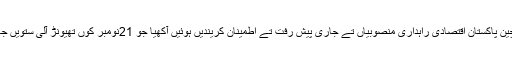
25 اکتوبر (اے پی پی) وفاقی وزیر برائے داخلہ اتے منصوبہ بندی، ترقی تے اصلاحات احسن اقبال چین پاکستان اقتصادی راہداری منصوبیاں تے جاری پیش رفت تے اطمینان کریندیں ہوئیں آکھیا جو 21نومبر کوں تھیونڑ آلی ستویں جائنٹ کو آپریشن کمیٹی (جے سی سی ) دے موقع تے سی پیک لانگ ٹرم پلان دی منظوری ڈتی ویسی۔